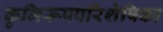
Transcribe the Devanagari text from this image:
कृमिरूपपरिशेषिका